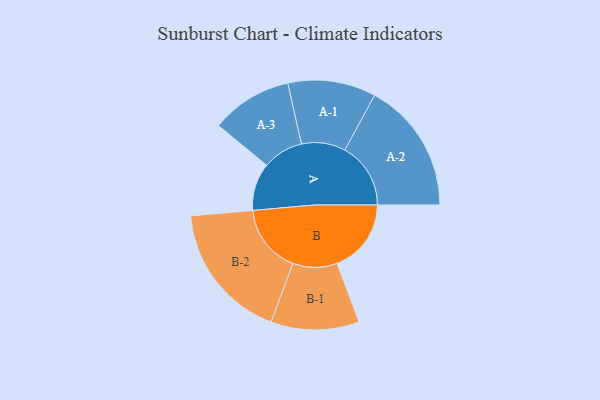
{"axis": {"x": "Segment", "y": "Value"}, "legend": ["", "A", "B"], "data": [{"x": "A", "y": 200, "type": ""}, {"x": "B", "y": 312, "type": ""}, {"x": "A-1", "y": 185, "type": "A"}, {"x": "A-2", "y": 277, "type": "A"}, {"x": "A-3", "y": 171, "type": "A"}, {"x": "B-1", "y": 186, "type": "B"}, {"x": "B-2", "y": 290, "type": "B"}]}